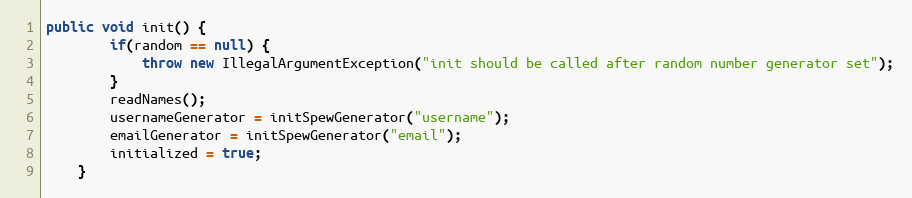
Language: Java
public void init() {
        if(random == null) {
            throw new IllegalArgumentException("init should be called after random number generator set");
        }
		readNames();
        usernameGenerator = initSpewGenerator("username");
        emailGenerator = initSpewGenerator("email");
        initialized = true;
	}